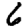
Digit: 6